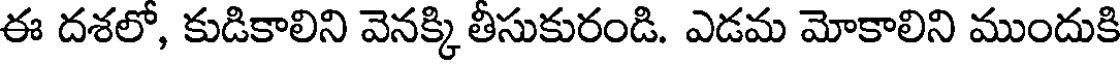
ఈ దశలో, కుడికాలిని వెనక్కి తీసుకురండి. ఎడమ మోకాలిని ముందుకి